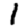
Digit: 1